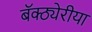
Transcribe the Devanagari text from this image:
बॅक्ठ्येरीया